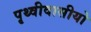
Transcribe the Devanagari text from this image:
पृथ्वीवासीयो